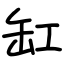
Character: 缸